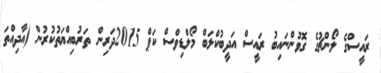
ރައީސްގެ ލޯންޗުގެ ގޮވުންނައިބު ރައީސް އަދީބުކްލަބް މޯލްޑިވްސް ކަޕް 2015ދަރިން ތަރުބިއްޔަތުކުރުން (އާދިއްތަ